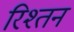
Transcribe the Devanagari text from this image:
रिश्तन